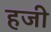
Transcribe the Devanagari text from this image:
हजी